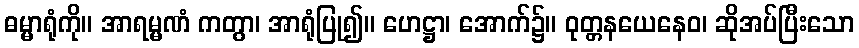
ဓမ္မာရုံကို။ အာရမ္မဏံ ကတွာ၊ အာရုံပြု၍။ ဟေဋ္ဌာ၊ အောက်၌။ ဝုတ္တနယေနေဝ၊ ဆိုအပ်ပြီးသော